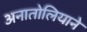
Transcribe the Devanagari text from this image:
अनातोलियाने